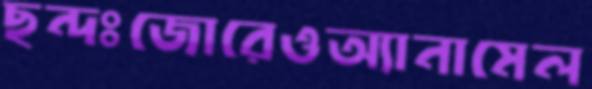
ছন্দঃজোরেওঅ্যানামেল